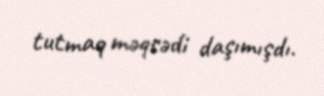
tutmaq məqsədi daşımışdı.